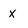
Character: x